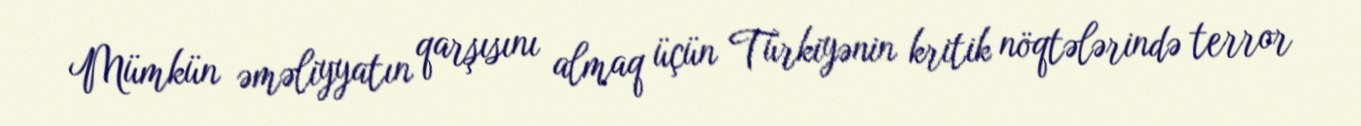
Mümkün əməliyyatın qarşısını almaq üçün Türkiyənin kritik nöqtələrində terror